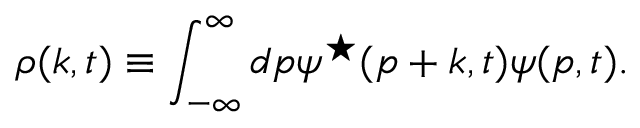
{ \rho } ( k , t ) \equiv \int _ { - \infty } ^ { \infty } d p { \psi } ^ { \star } ( p + k , t ) { \psi } ( p , t ) .